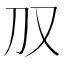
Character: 𪠤